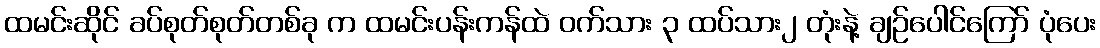
ထမင်းဆိုင် ခပ်စုတ်စုတ်တစ်ခု က ထမင်းပန်းကန်ထဲ ဝက်သား ၃ ထပ်သား၂ တုံးနဲ့ ချဉ်ပေါင်ကြော် ပုံပေး